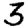
Digit: 3